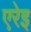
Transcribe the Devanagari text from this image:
एरेइ